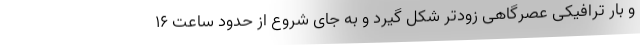
و بار ترافیکی عصرگاهی زودتر شکل گیرد و به جای شروع از حدود ساعت ۱۶